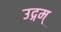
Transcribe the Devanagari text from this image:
उद्गम्